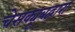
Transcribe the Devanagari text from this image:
चेसक्यूबद्वारा